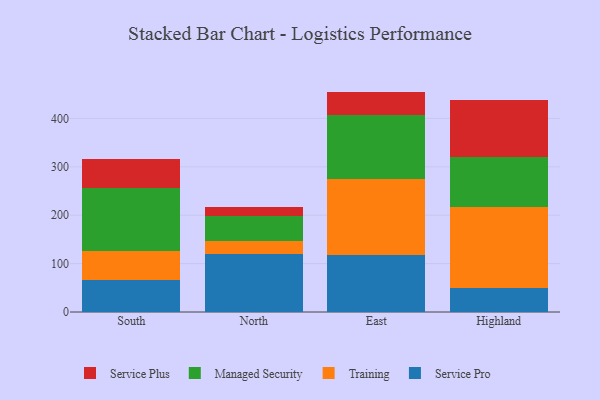
{"axis": {"x": "Region", "y": "Humidity (%)"}, "legend": ["Managed Security", "Service Plus", "Service Pro", "Training"], "data": [{"x": "South", "y": 66.7, "type": "Service Pro"}, {"x": "South", "y": 59.5, "type": "Training"}, {"x": "South", "y": 131.1, "type": "Managed Security"}, {"x": "South", "y": 58.8, "type": "Service Plus"}, {"x": "North", "y": 118.9, "type": "Service Pro"}, {"x": "North", "y": 28.0, "type": "Training"}, {"x": "North", "y": 51.6, "type": "Managed Security"}, {"x": "North", "y": 18.9, "type": "Service Plus"}, {"x": "East", "y": 117.8, "type": "Service Pro"}, {"x": "East", "y": 158.1, "type": "Training"}, {"x": "East", "y": 131.9, "type": "Managed Security"}, {"x": "East", "y": 47.7, "type": "Service Plus"}, {"x": "Highland", "y": 49.5, "type": "Service Pro"}, {"x": "Highland", "y": 167.6, "type": "Training"}, {"x": "Highland", "y": 102.3, "type": "Managed Security"}, {"x": "Highland", "y": 118.5, "type": "Service Plus"}]}